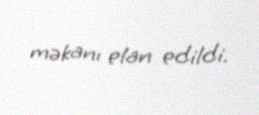
məkanı elan edildi.